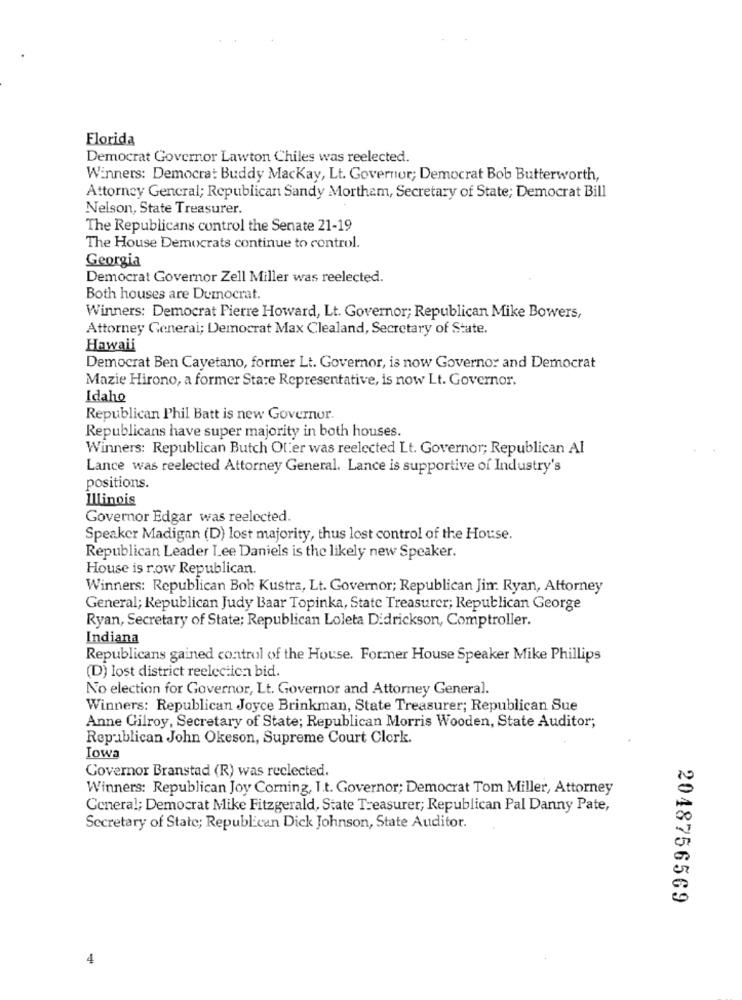
Florida
Democrat Governor Lawton Chiles was reelected.
Winners: Democrat Buddy Mackay, Lt. Governor; Democrat Bob Butterworth,
Attorney General; Republican Sandy Mortham, Secretary of State; Democrat Bill
Nelson, State Treasurer.
The Republicans control the Senate 21-19
The House Democrats continue to control.
Georgia
Democrat Governor Zell Miller was reelected.
Both houses are Dumocrat.
Winners: Democrat Pierre Howard, Lt. Governor; Republican Mike Bowers,
Attorney General; Democrat Max Clealand, Secretary of State.
Hawaii
Democrat Ben Cayetano, former Lt. Governor, is now Governor and Democrat
Mazie Hirono, a former Stare Representative, is now Lt. Governor.
Idaho
Republican Phil Batt is new Governor.
Republicans have super majority in both houses.
Winners: Republican Butch Oler was reelected Lt. Governor; Republican Al
Lance was reelected Attorney General. Lance is supportive of Industry's
positions.
Illinois
Governor Edgar was reelected.
Speaker Madigan (D) lost majority, thus lost control of the House.
Republican Leader Lee Daniels is the likely new Speaker.
House is row Republican.
Winners: Republican Bob Kustra, Lt. Governor; Republican Jim Ryan, Attorney
General; Republican Judy Baar Topinka, State Treasurer; Republican George
Ryan, Secretary of State; Republican Loleta Didrickson, Comptroller.
Indiana
Republicans gained control of the House. Former House Speaker Mike Phillips
(D) lost district reelection bid.
No election for Governor, Lt. Governor and Attorney General.
Winners: Republican Joyce Brinkman, State Treasurer; Republican Sue
Anne Gilroy, Secretary of State; Republican Morris Wooden, State Auditor;
Republican John Okeson, Supreme Court Clork.
Iowa
Governor Branstad (R) was reclected.
Winners: Republican Joy Corning, I.t. Governor; Democrat Tom Miller, Attorney
General; Democrat Mike Fitzgerald, State Treasurer; Republican Pal Danny Pate,
Secretary of State; Republican Dick Johnson, State Auditor.
2048756569
4